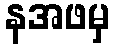
နအဖမှ